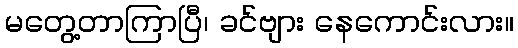
မတွေ့တာကြာပြီ၊ ခင်ဗျား နေကောင်းလား။